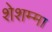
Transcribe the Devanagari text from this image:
शेशम्मा